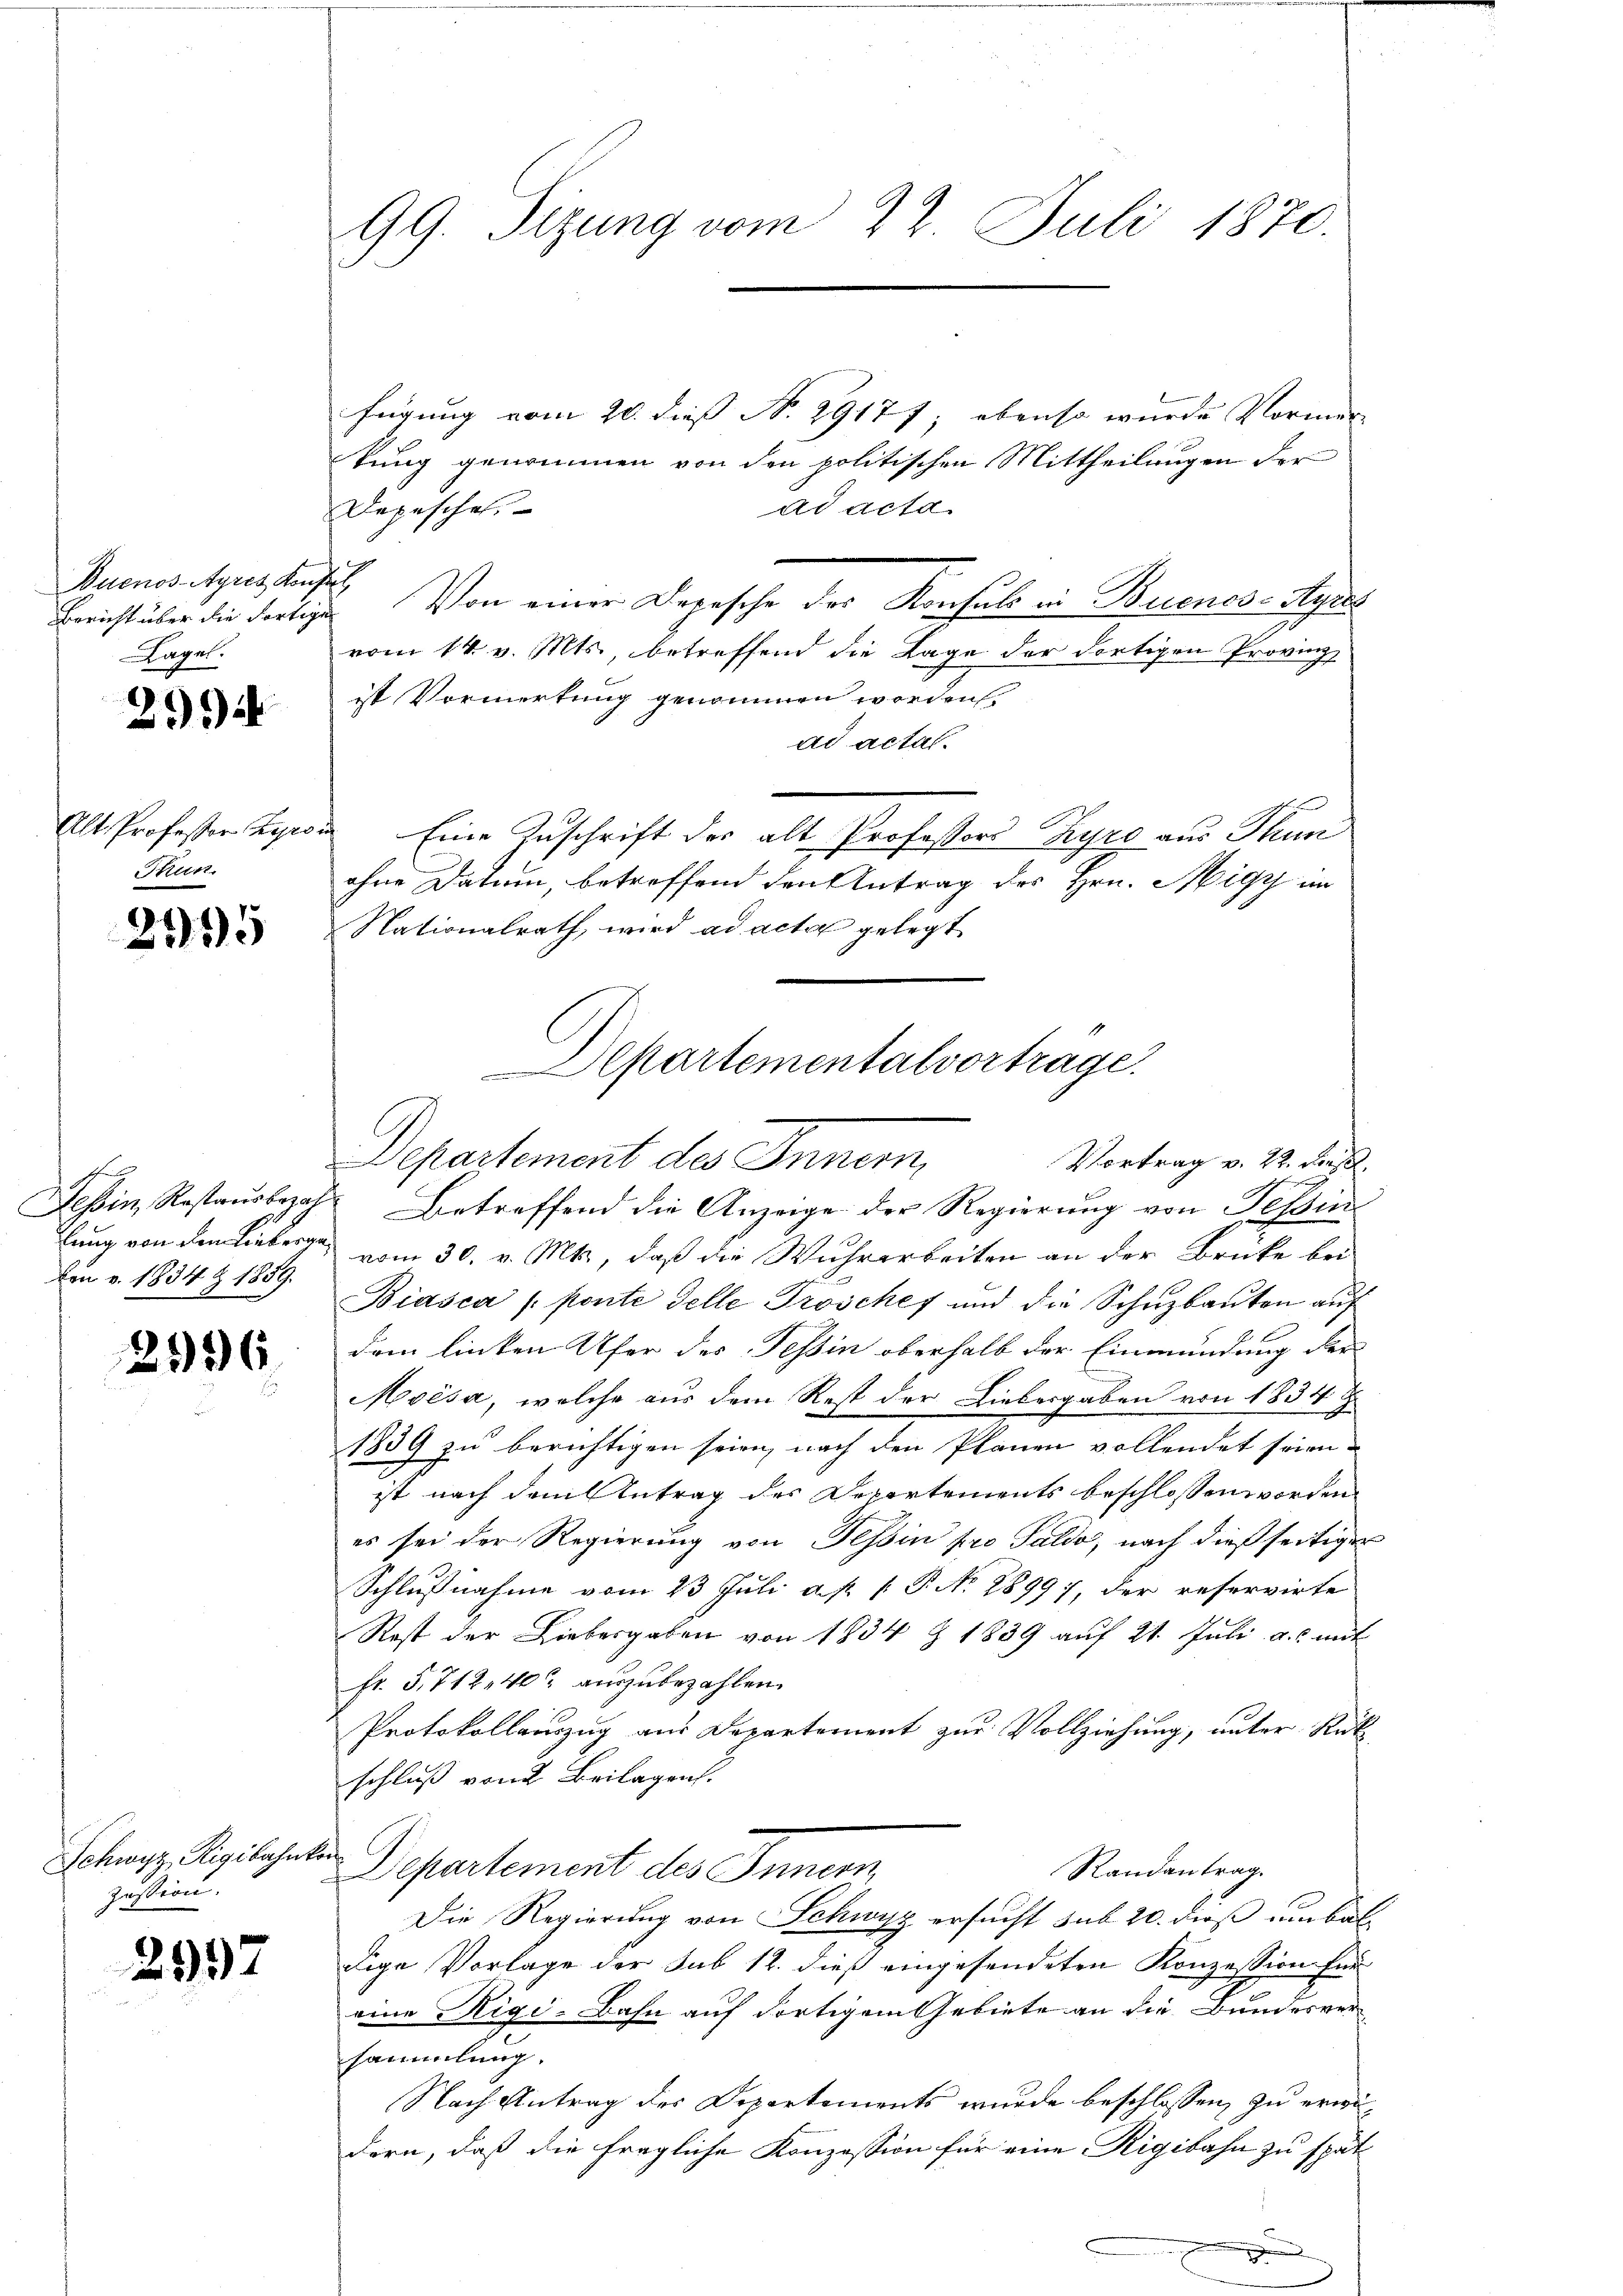
Buenos-Ayres Konstal
Bericht über die Fortige
Lage.

29

Alt. Professor Kyro.
Thun.

2195

ben v. 1834 Z 1859.

296.

Schwyz Rigibahnkon
zession.

2997

99. Sizung vom 22. Juli 1870.

fügung vom 20. dieß N. 29177 ebenso wurde Vormer
kung genommen von den politischen Mittheilungen der
Depesche
ad acta
Von einer Depesche der Konsuls in Buenos-Ayres
vom 14. v. Mts., betreffend die Lage der dortigen Provinz
ist Vormerkung genommen worden.
ad actal.
s
Eine Zuschrift der alt Professors Pyrs aus Thun
ohne Datum, betreffend den Antrag des Hrn. Migy im
Nationalrath, wird ad acta gelegt
Tessin, Restausbezahl Betreffend die Anzeige der Regierung von Tessin
lung von den Lieberg vom 30. v. Mts., daß die Wuhrarbeiten an der Brücke bei
Biasca (ponte delle Troschef und die Schuzbauten auf
dem linken Ufer des Tessin oberhalb der Einmündung der
Moisa, welche aus dem Rest der Liebergaben von 1834
1839 zu berichtigen seien, nach den Planen vollendet seien
ist nach dem Antrag des Departements beschlossen worden.
es sei der Regierung von Tessin pro Saldo, nach dießseitiger
Schlußnahme vom 23 Juli a. p. [ P. No 28997, der reservirte
Rost der Liebesgaben von 1834 Z 1839 auf 21. Juli a. mit
Fr. 5, 712, 40 auszubezahlen.
Protokollauszug aus Departement zur Vollziehung, unter Rük
schluß von Beilagen.
Randantrag.
Departement des Innern,
Die Regierung von Schwyz ersucht sub 20. dieß um bal
dige Vorlage der Sub 12. dieß eingesendeten Konzession für
eine Rigi-Bahn auf dortigem Gebiete an die Bundesver-
sammlung.
Nach Antrag des Departements wurde beschlossen, zu erwidern, daß die fragliche Konzession für eine Rigibahn zu spät
d

Departementalvortrage.
Departement des Inner,
Vortrag v. 22. Fees.